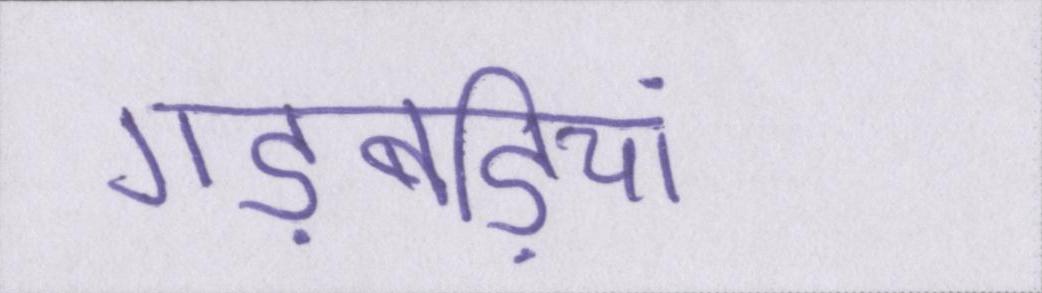
गड़बड़ियां